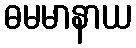
ဓမမာနာယ